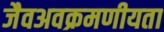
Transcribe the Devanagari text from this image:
जैवअवक्रमणीयता